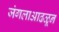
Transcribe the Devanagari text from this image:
जंगलाआढळून